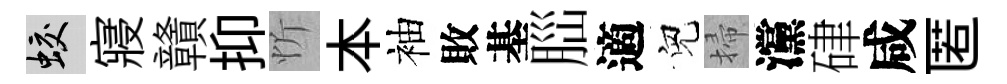
蛟寢贛抑忻本袖敗基𦛁適兒掃灙硉咸匿